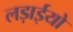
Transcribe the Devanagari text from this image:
लड़ाईयो